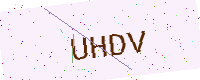
Text: UHDV